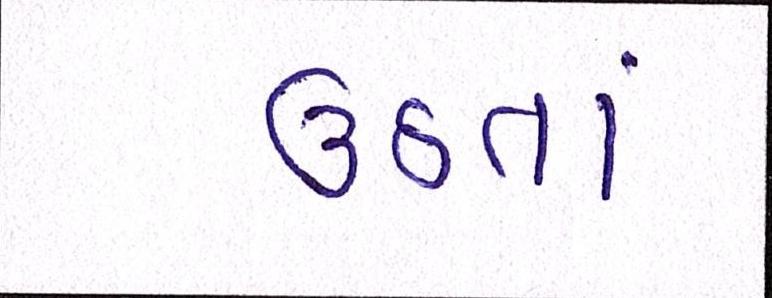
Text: ઉઠતાં